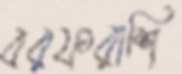
বরফরাশি